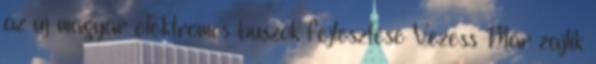
az új magyar elektromos buszok fejlesztése Vezess Már zajlik